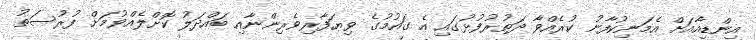
އިންޑިއާއަށް އެމަނިކުފާނު ކުރެއްވާ ދަތުރުފުޅުގައި އެ ގައުމުގެ ވިޔަފާރިވެރިންނާއި ބައްދަލު ކޮށްލެއްވުމަށް ފުރުސަތު